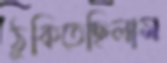
ঠুকিতেছিলাম